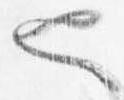
也